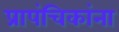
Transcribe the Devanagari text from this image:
प्रापंचिकांना